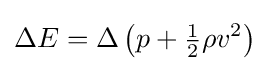
\Delta E=\Delta \left(p+{\tfrac {1}{2}}\rho v^{2}\right)